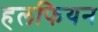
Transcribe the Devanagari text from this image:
हलफियन